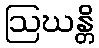
ဩဃန္တိ